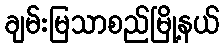
ချမ်းမြသာစည်မြို့နယ်